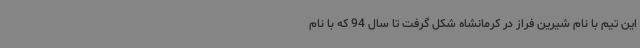
این تیم با نام شیرین فراز در کرمانشاه شکل گرفت تا سال 94 که با نام